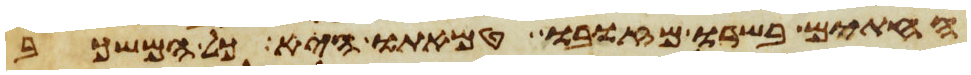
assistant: החתים בשרו מזובו טמאתו היא כל המשכב